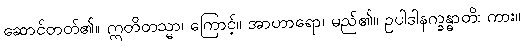
ဆောင်တတ်၏။ ဣတိတသ္မာ၊ ကြောင့်။ အာဟာရော၊ မည်၏။ ဥပါဒါနက္ခန္ဓာတိ၊ ကား။